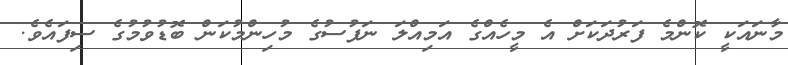
މާނައަކީ ކޮންމެ ފަރުދަކަށް އެ މީހެއްގެ އަމިއްލަ ނަފުސުގެ މުހިންމުކަން ބޮޑުވުމުގެ ސިފައެވެ.